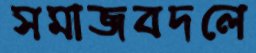
সমাজবদলে